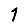
Digit: 1